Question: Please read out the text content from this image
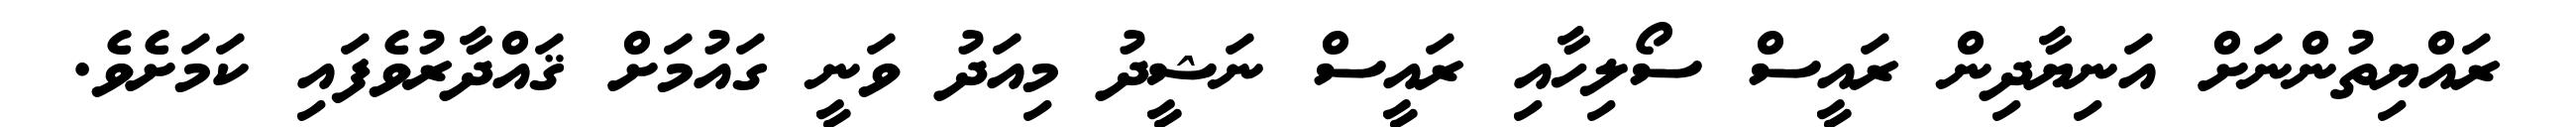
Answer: ރައްޔިތުންނަށް އަނިޔާދިން ރައީސް ސޯލިހާއި ރައީސް ނަޝީދު މިއަދު ވަނީ ގައުމަށް ޤައްދާރުވެފައި ކަމަށެވެ.